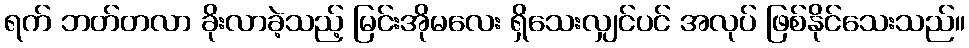
ရက် ဘတ်တလာ ခိုးလာခဲ့သည့် မြင်းအိုမလေး ရှိသေးလျှင်ပင် အလုပ် ဖြစ်နိုင်သေးသည်။